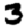
Digit: 3